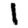
Digit: 1